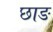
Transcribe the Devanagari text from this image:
छाङ